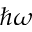
\hbar \omega